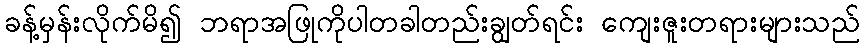
ခန့်မှန်းလိုက်မိ၍ ဘရာအဖြုကိုပါတခါတည်းချွတ်ရင်း ကျေးဇူးတရားများသည်